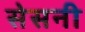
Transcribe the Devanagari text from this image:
सेसनी